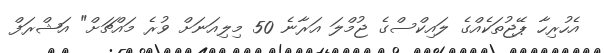
އެހުރިހާ ޕޭޖުތަކެއްގެ ލައިކްސްގެ ޖުމްލަ އަރާނެ 50 މިލިއަނަށް ވުރެ މައްޗަށް" އަޝްރަފް